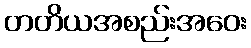
တတိယအစည်းအဝေး